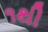
૧થી